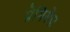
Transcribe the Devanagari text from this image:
प्रेमिसेज़